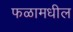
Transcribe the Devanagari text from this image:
फळामधील